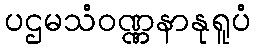
ပဌမသံဝဏ္ဏနာနုရူပံ